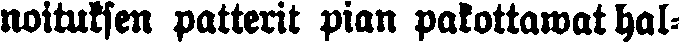
noituksen patterit pian pakottawat hal-